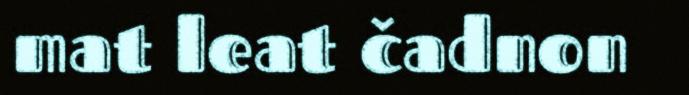
mat leat čadnon